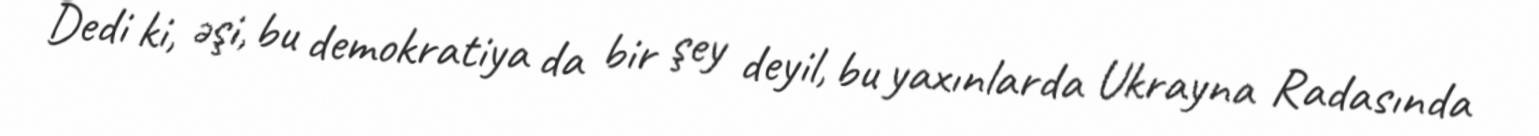
Dedi ki, əşi, bu demokratiya da bir şey deyil, bu yaxınlarda Ukrayna Radasında